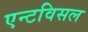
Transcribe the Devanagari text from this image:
एन्टविसल